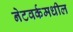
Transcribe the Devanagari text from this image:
नेटवर्कमधील